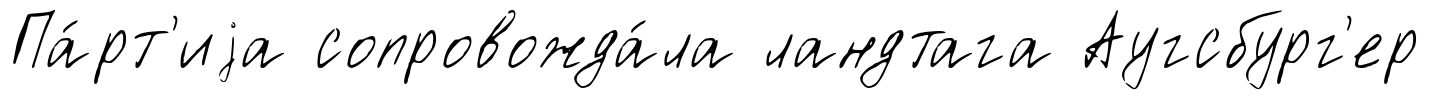
Па́рт'иjа сопровожда́ла ландтага Аугсбург'ер